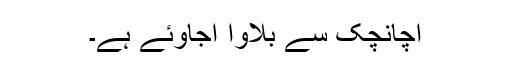
اچانچک سے بلاوا آجاوئے ہے۔